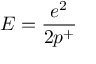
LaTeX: E = \frac { e ^ { 2 } } { 2 p ^ { + } }